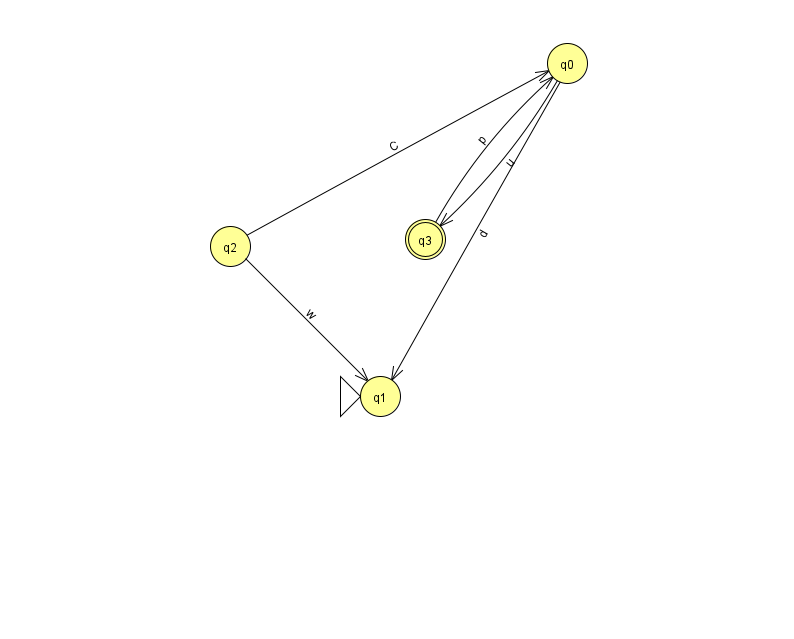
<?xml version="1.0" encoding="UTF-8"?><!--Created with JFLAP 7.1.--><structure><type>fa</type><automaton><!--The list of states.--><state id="0" name="q0"><x>567.0</x><y>50.0</y></state><state id="1" name="q1"><x>380.0</x><y>383.0</y><initial/></state><state id="2" name="q2"><x>230.0</x><y>233.0</y></state><state id="3" name="q3"><x>425.0</x><y>226.0</y><final/></state><!--The list of transitions.--><transition><from>3</from><to>0</to><read>p</read></transition><transition><from>0</from><to>3</to><read>u</read></transition><transition><from>2</from><to>1</to><read>w</read></transition><transition><from>0</from><to>1</to><read>d</read></transition><transition><from>2</from><to>0</to><read>C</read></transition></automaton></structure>